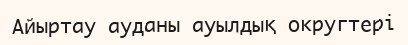
Айыртау ауданы ауылдық округтері